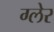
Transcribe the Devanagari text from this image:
ग्लेर